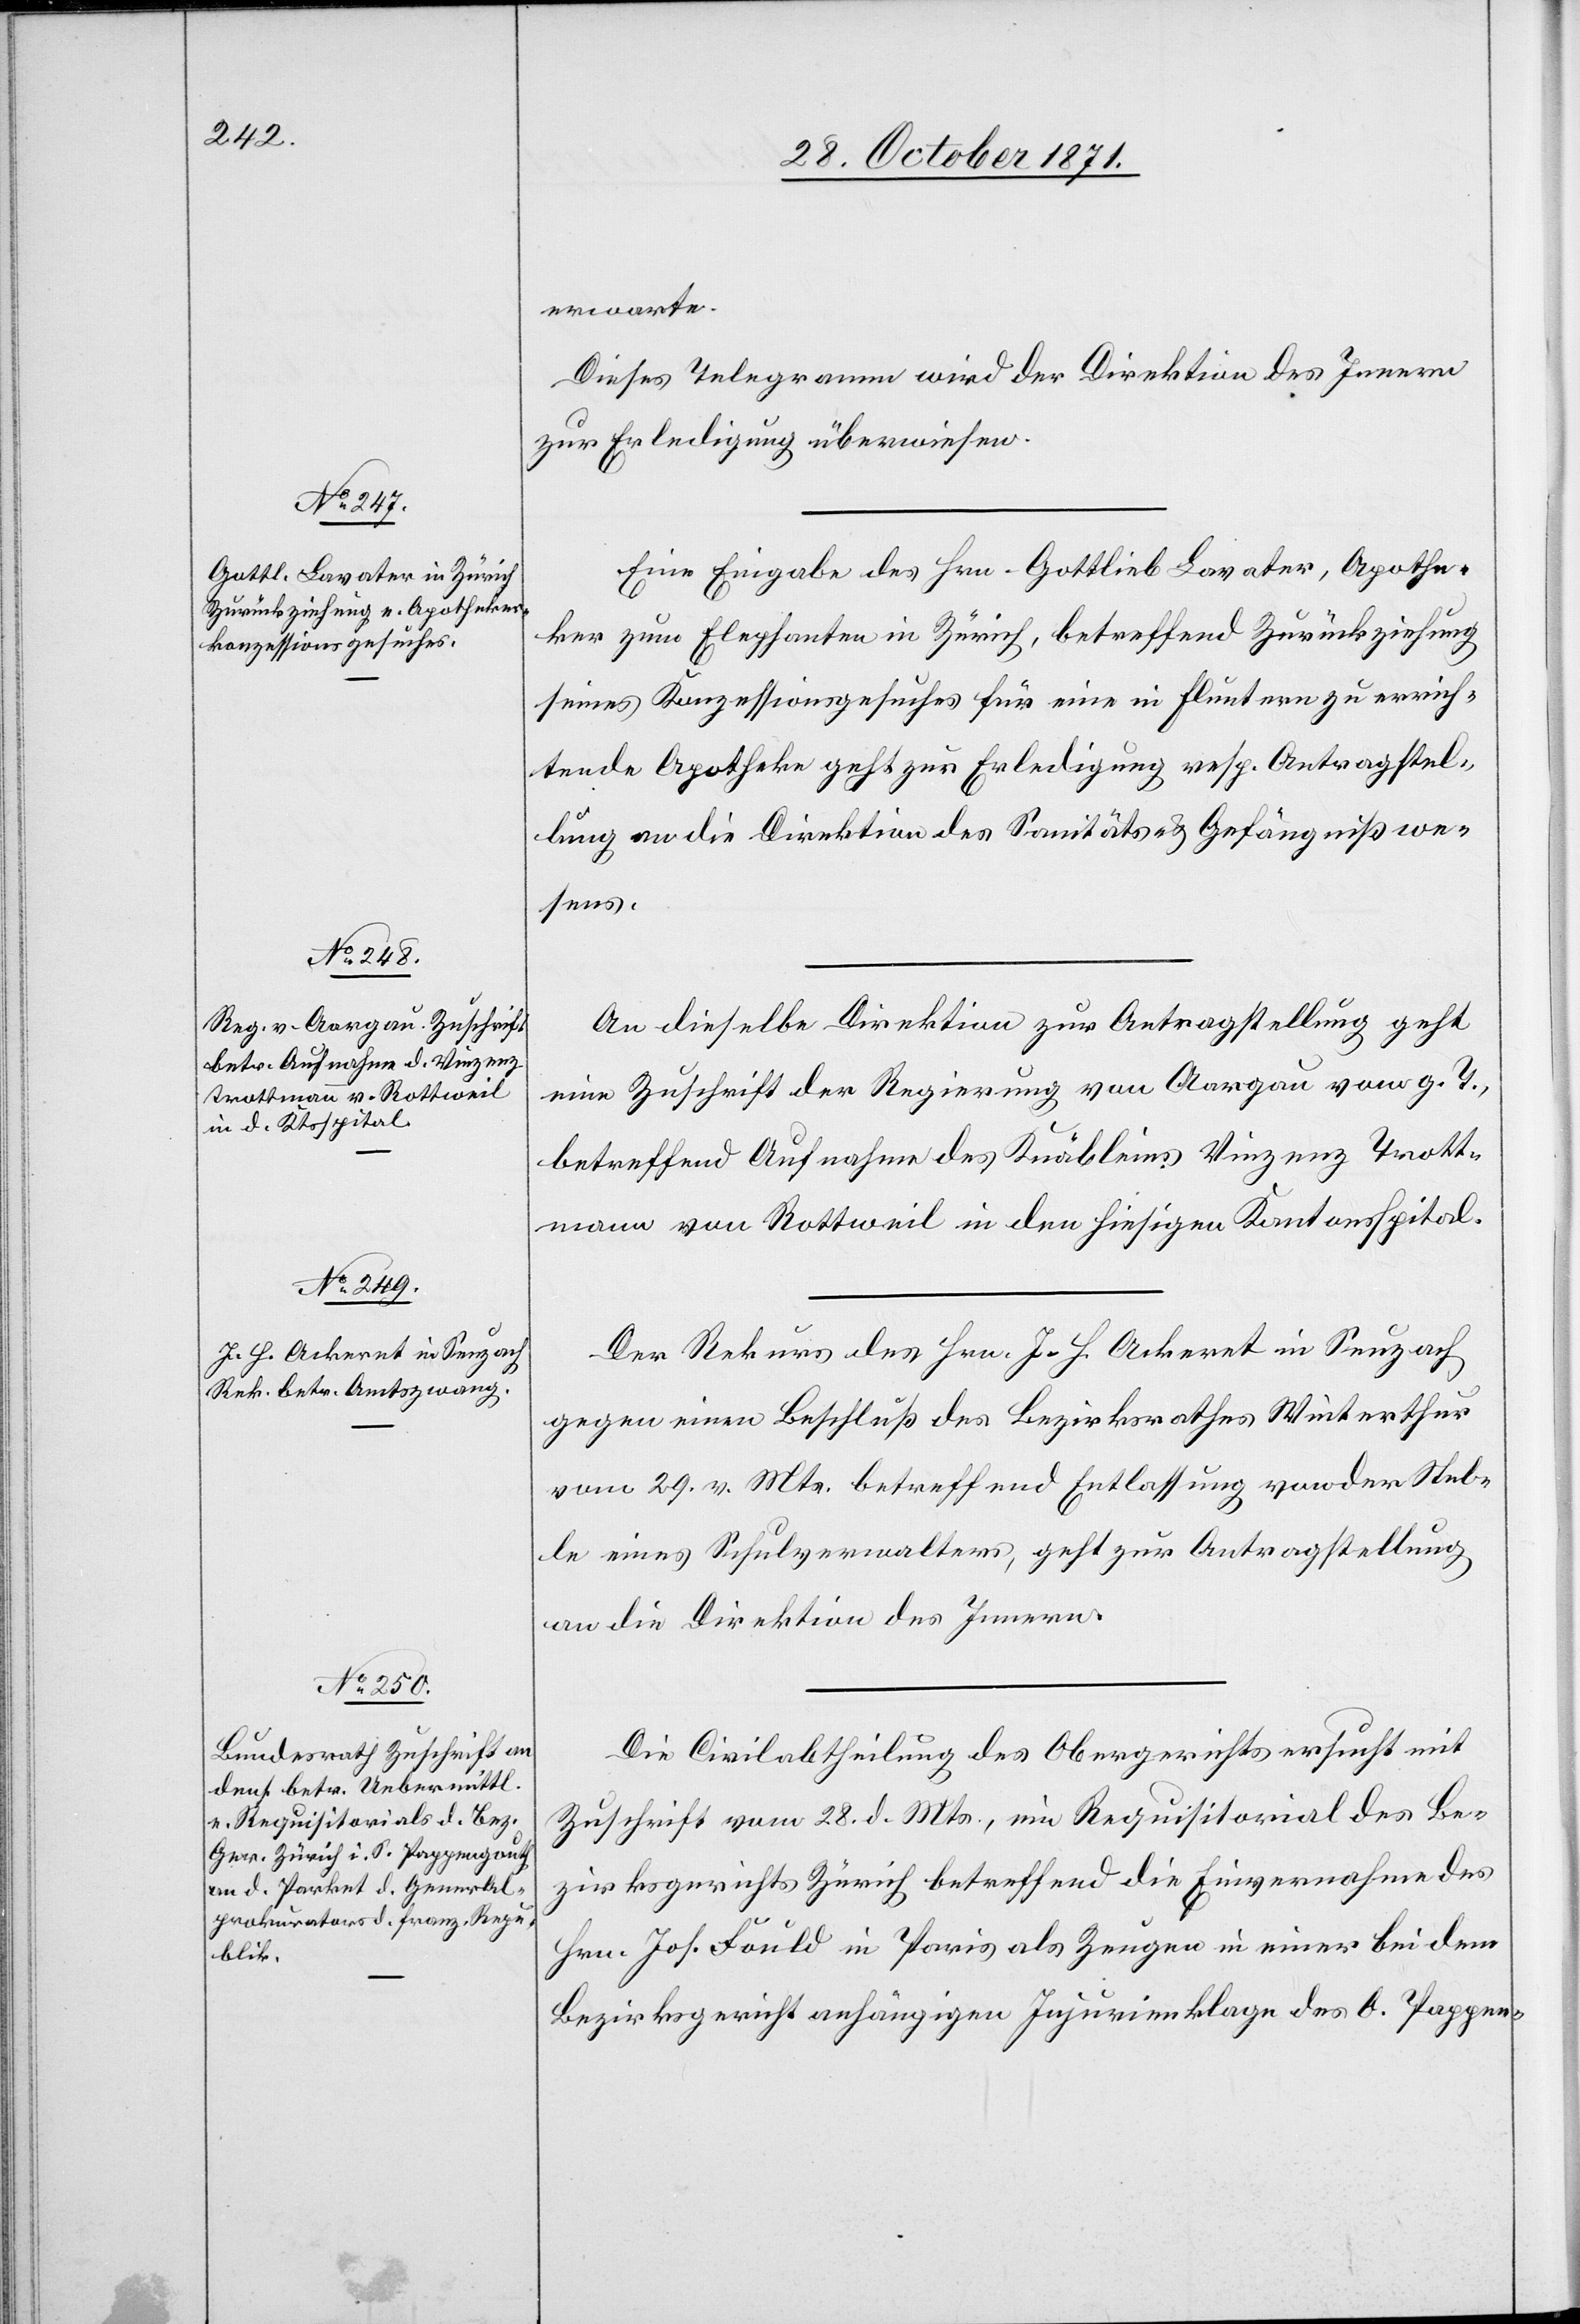
31. October 1871.]
erwarte.
Dieses Telegramm wird der Direktion des Innern
zur Erledigung überwiesen.
Eine Eingabe des Hrn Gottlieb Lavater, Apothe¬
ker zum Elephanten in Zürich, betreffend Zurückziehung
seines Konzessionsgesuches für eine in Fluntern zu errich¬
tende Apotheke geht zur Erledigung resp. Antragstel¬
lung an die Direktion des Sanitäts- & Gefängnißwe¬
sens.
An dieselbe Direktion zur Antragstellung geht
eine Zuschrift der Regierung von Aargau vom g. T.,
betreffend Aufnahme des Knäbleins Vinzenz Trott¬
mann von Rottweil in den hiesigen Kantonsspital.
Der Rekurs des Hrn. J. H. Ackeret in Seuzach
gegen einen Beschluß des Bezirksrathes Winterthur
vom 29. v. Mts. betreffend Entlassung von der Stel¬
le eines Schulverwalters, geht zur Antragstellung
an die Direktion des Innern.
Die Civilabtheilung des Obergerichts ersucht mit
Zuschrift vom 28. d. Mts., ein Requisitorial des Be¬
zirksgerichts Zürich betreffend die Einvernahme des
Hrn. Joh. Fould in Paris als Zeuge in einer bei dem
Bezirksgericht anhängigen Injurienklage des O. Pappen-